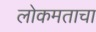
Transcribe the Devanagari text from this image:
लोकमताचा